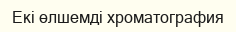
Екі өлшемді хроматография